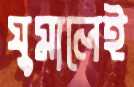
ঘুমালেই